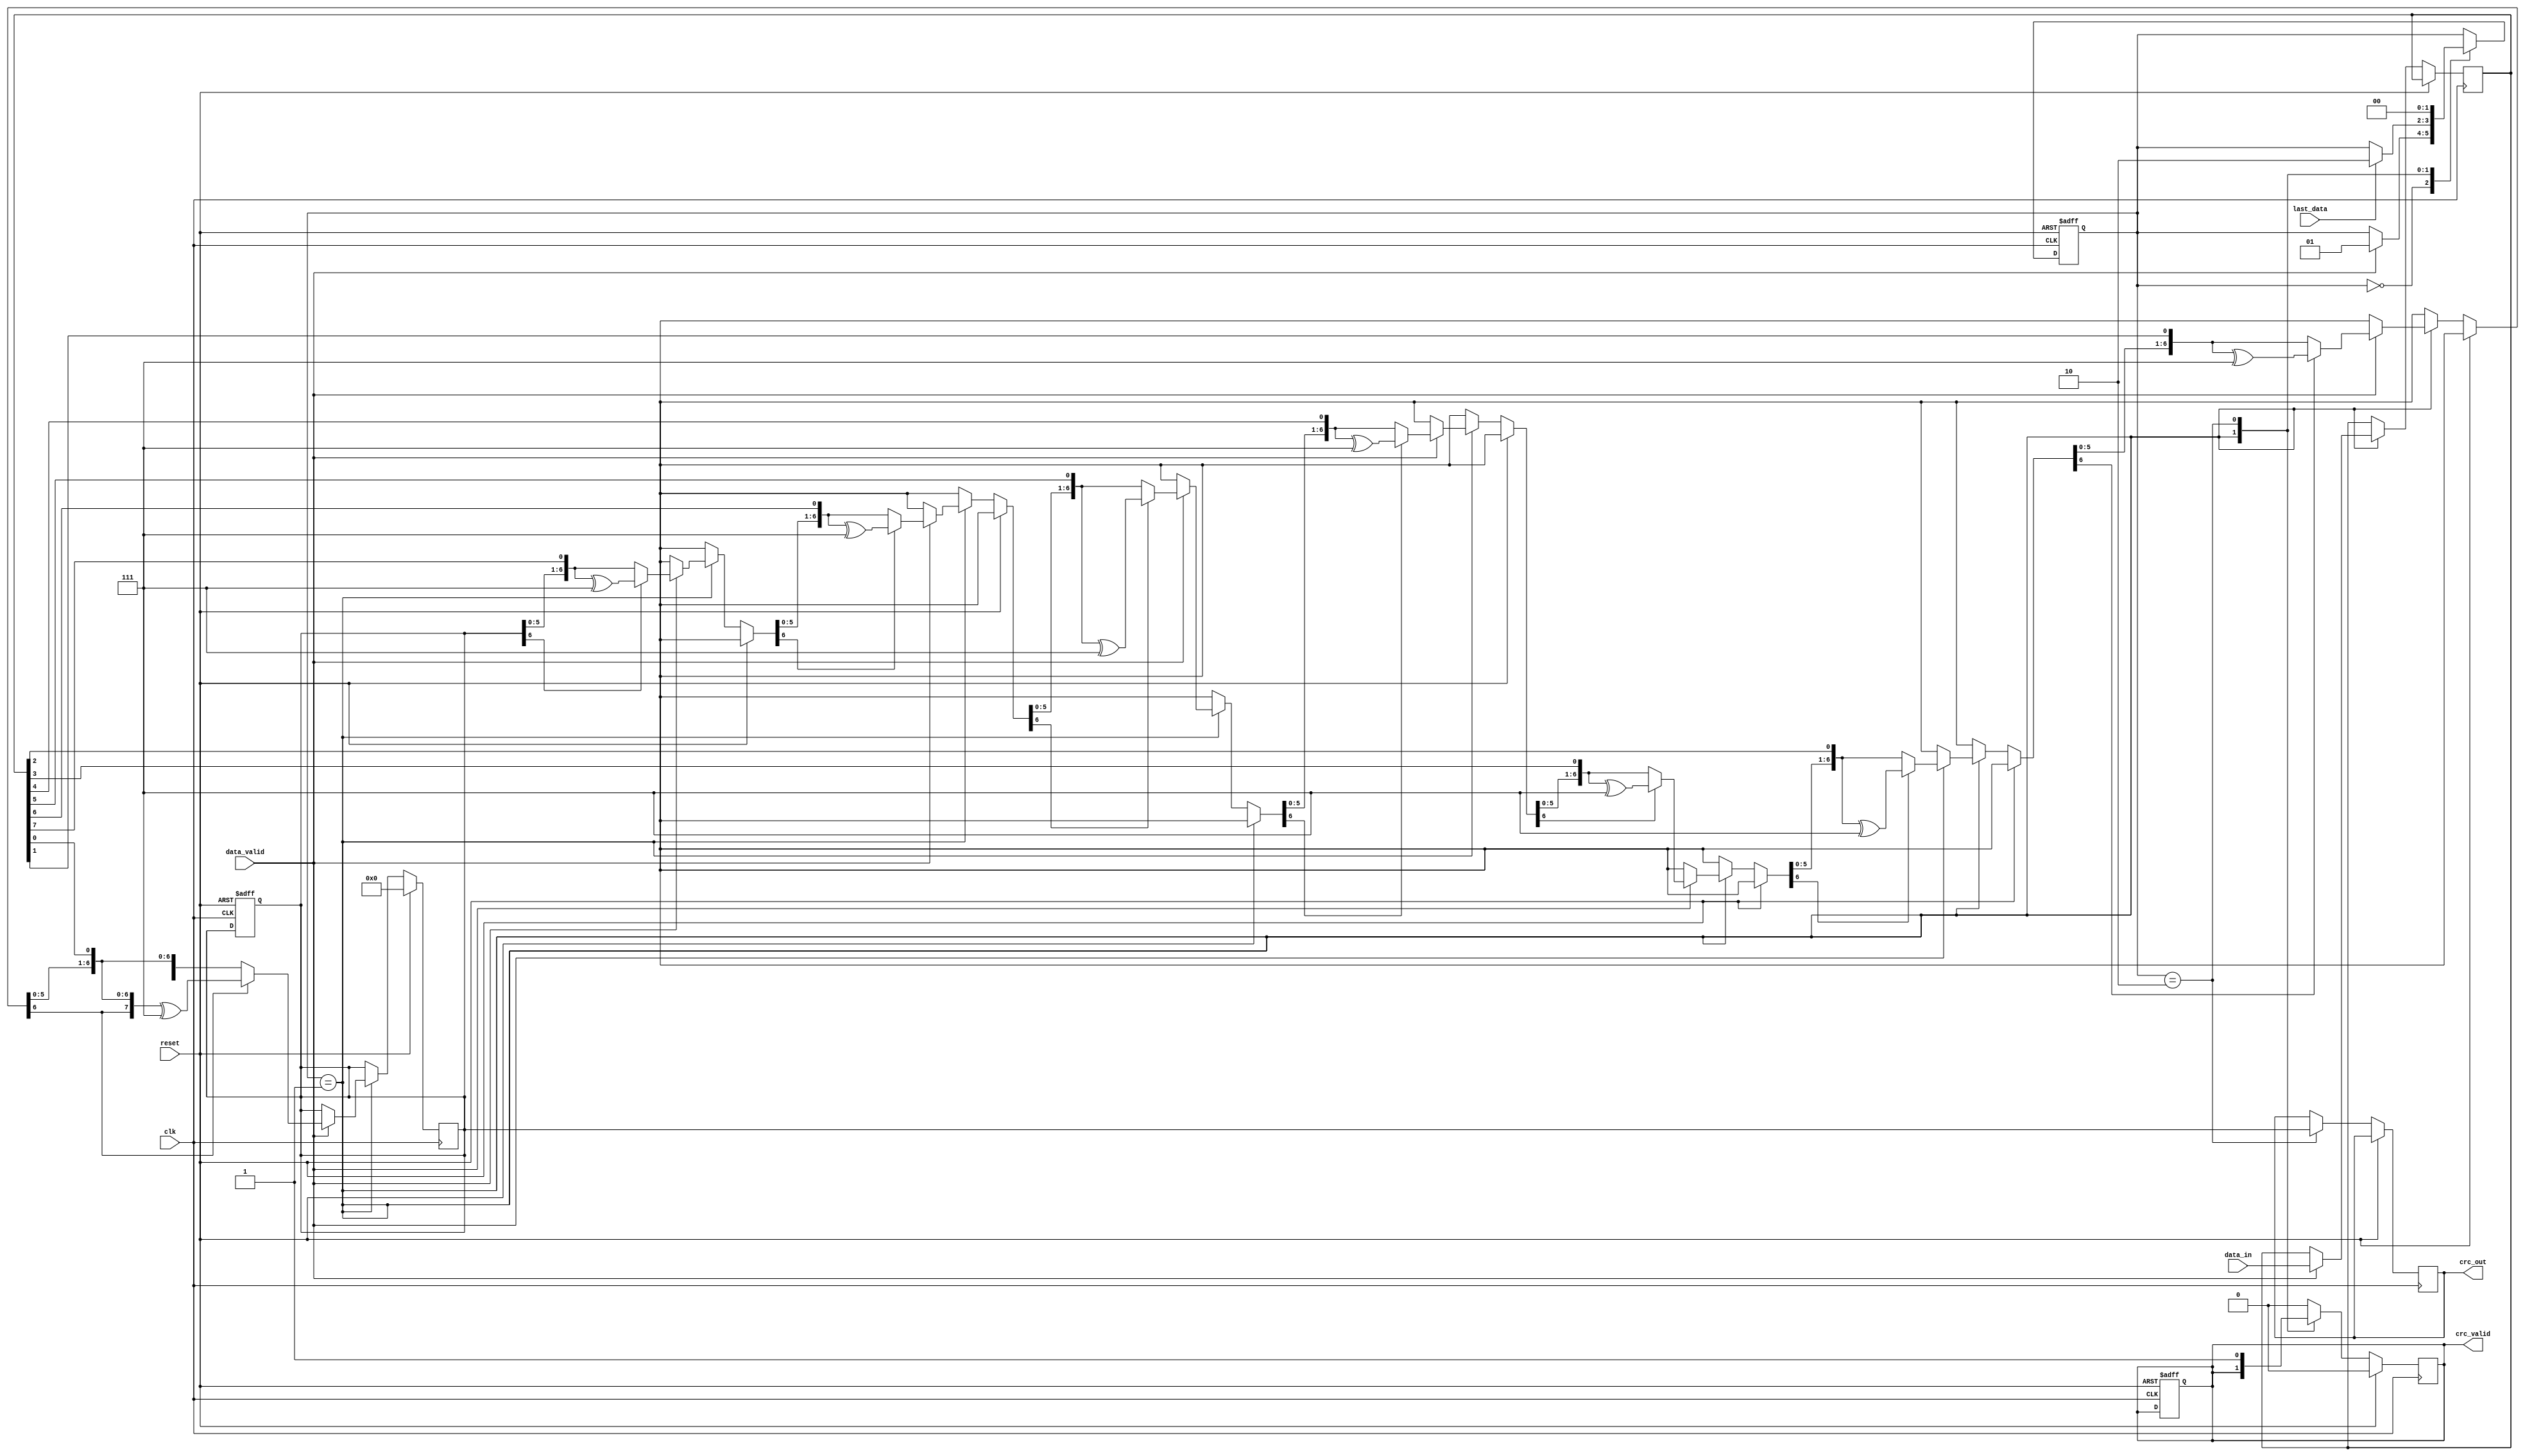
module parameterized_crc #(
    parameter DATA_WIDTH = 8,
    parameter CRC_WIDTH = 8,
    parameter POLYNOMIAL = 8'h07, // Example polynomial (x^8 + x^2 + x + 1)
    parameter INIT_VALUE = 8'h00,
    parameter REFLECT_INPUT = 1'b0,
    parameter REFLECT_OUTPUT = 1'b0
) (
    input wire clk,
    input wire reset,
    input wire [DATA_WIDTH-1:0] data_in,
    input wire data_valid,
    input wire last_data,
    output reg [CRC_WIDTH-1:0] crc_out,
    output reg crc_valid
);

    reg [CRC_WIDTH-1:0] crc_reg;
    reg [DATA_WIDTH-1:0] data_buffer;
    reg [3:0] bit_counter; // Adjust size based on max bits processed

    // Reflect function for input and output
    function [DATA_WIDTH-1:0] reflect_input(input [DATA_WIDTH-1:0] data);
        integer i;
        begin
            for (i = 0; i < DATA_WIDTH; i = i + 1) begin
                reflect_input[i] = data[DATA_WIDTH-1-i];
            end
        end
    endfunction

    function [CRC_WIDTH-1:0] reflect_output(input [CRC_WIDTH-1:0] crc);
        integer i;
        begin
            for (i = 0; i < CRC_WIDTH; i = i + 1) begin
                reflect_output[i] = crc[CRC_WIDTH-1-i];
            end
        end
    endfunction

    // State machine states
    localparam IDLE = 2'b00;
    localparam PROCESSING = 2'b01;
    localparam FINALIZE = 2'b10;
    
    reg [1:0] state, next_state;

    // State machine
    always @(posedge clk or posedge reset) begin
        if (reset) begin
            state <= IDLE;
            crc_reg <= INIT_VALUE;
            crc_valid <= 1'b0;
        end else begin
            state <= next_state;
        end
    end

    always @(*) begin
        next_state = state;
        case (state)
            IDLE: begin
                if (data_valid) begin
                    next_state = PROCESSING;
                end
            end
            PROCESSING: begin
                if (last_data) begin
                    next_state = FINALIZE;
                end
            end
            FINALIZE: begin
                next_state = IDLE;
            end
        endcase
    end

    // CRC computation logic
    always @(posedge clk) begin
        if (reset) begin
            crc_reg <= INIT_VALUE;
            crc_valid <= 1'b0;
            bit_counter <= 0;
        end else begin
            case (state)
                PROCESSING: begin
                    if (data_valid) begin
                        data_buffer <= REFLECT_INPUT ? reflect_input(data_in) : data_in;
                        for (bit_counter = 0; bit_counter < DATA_WIDTH; bit_counter = bit_counter + 1) begin
                            // Shift crc_reg and process each bit
                            crc_reg = {crc_reg[CRC_WIDTH-2:0], data_buffer[DATA_WIDTH-1-bit_counter]};
                            if (crc_reg[CRC_WIDTH-1]) begin
                                crc_reg = crc_reg ^ POLYNOMIAL;
                            end
                        end
                    end
                end
                FINALIZE: begin
                    crc_out <= REFLECT_OUTPUT ? reflect_output(crc_reg) : crc_reg;
                    crc_valid <= 1'b1;
                end
                default: begin
                    crc_valid <= 1'b0;
                end
            endcase
        end
    end

endmodule